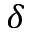
\delta